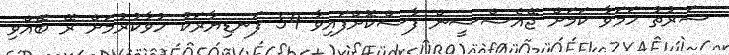
ޝަރުތު ހަމަވާ ކަމަށް ޖޭއެސްސީން ފާސްކޮށްފައިވާ 59 ފަނޑިޔާރަކު ހުވާކުރުމަށް ރޭ ބޭއްވި